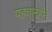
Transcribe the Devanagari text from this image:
पहचानहीन